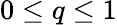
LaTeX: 0\le q\le 1